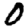
Digit: 0